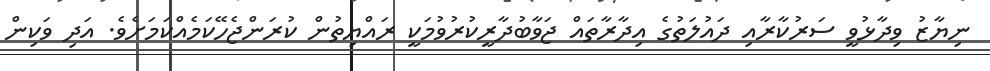
ނިޔާޒު ވިދާޅުވީ ސަރުކާރާއި ދައުލަތުގެ އިދާރާތައް ޖަވާބުދާރީކުރުވުމަކީ ރައްޔިތުން ކުރަންޖެހޭކަމެއްކަމަށެވެ. އަދި ވަކިން